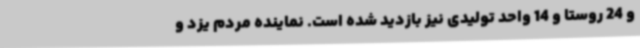
و 24 روستا و 14 واحد تولیدی نیز بازدید شده است. نماینده مردم یزد و